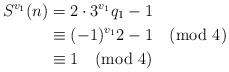
LaTeX: \begin{align*}S^{v_1}(n) & = 2 \cdot 3^{v_1} q_1-1 \\& \equiv (-1)^{v_1} 2 -1 \pmod{4} \\& \equiv 1 \pmod{4} \end{align*}